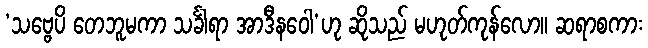
‘သဗ္ဗေပိ တေဘူမကာ သင်္ခါရာ အာဒီနဝေါ’ဟု ဆိုသည် မဟုတ်ကုန်လော။ ဆရာစကား